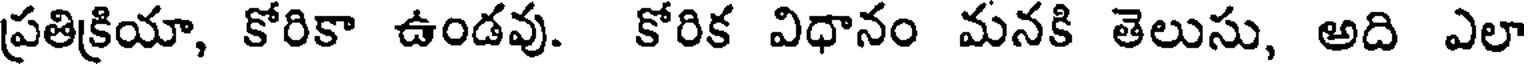
ప్రతిక్రియా, కోరికా ఉండవు. కోరిక విధానం మనకి తెలుసు, అది ఎలా